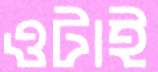
ওটাই